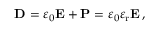
\mathbf { D } = \varepsilon _ { 0 } \mathbf { E } + \mathbf { P } = \varepsilon _ { 0 } \varepsilon _ { \mathrm { r } } \mathbf { E } \, ,